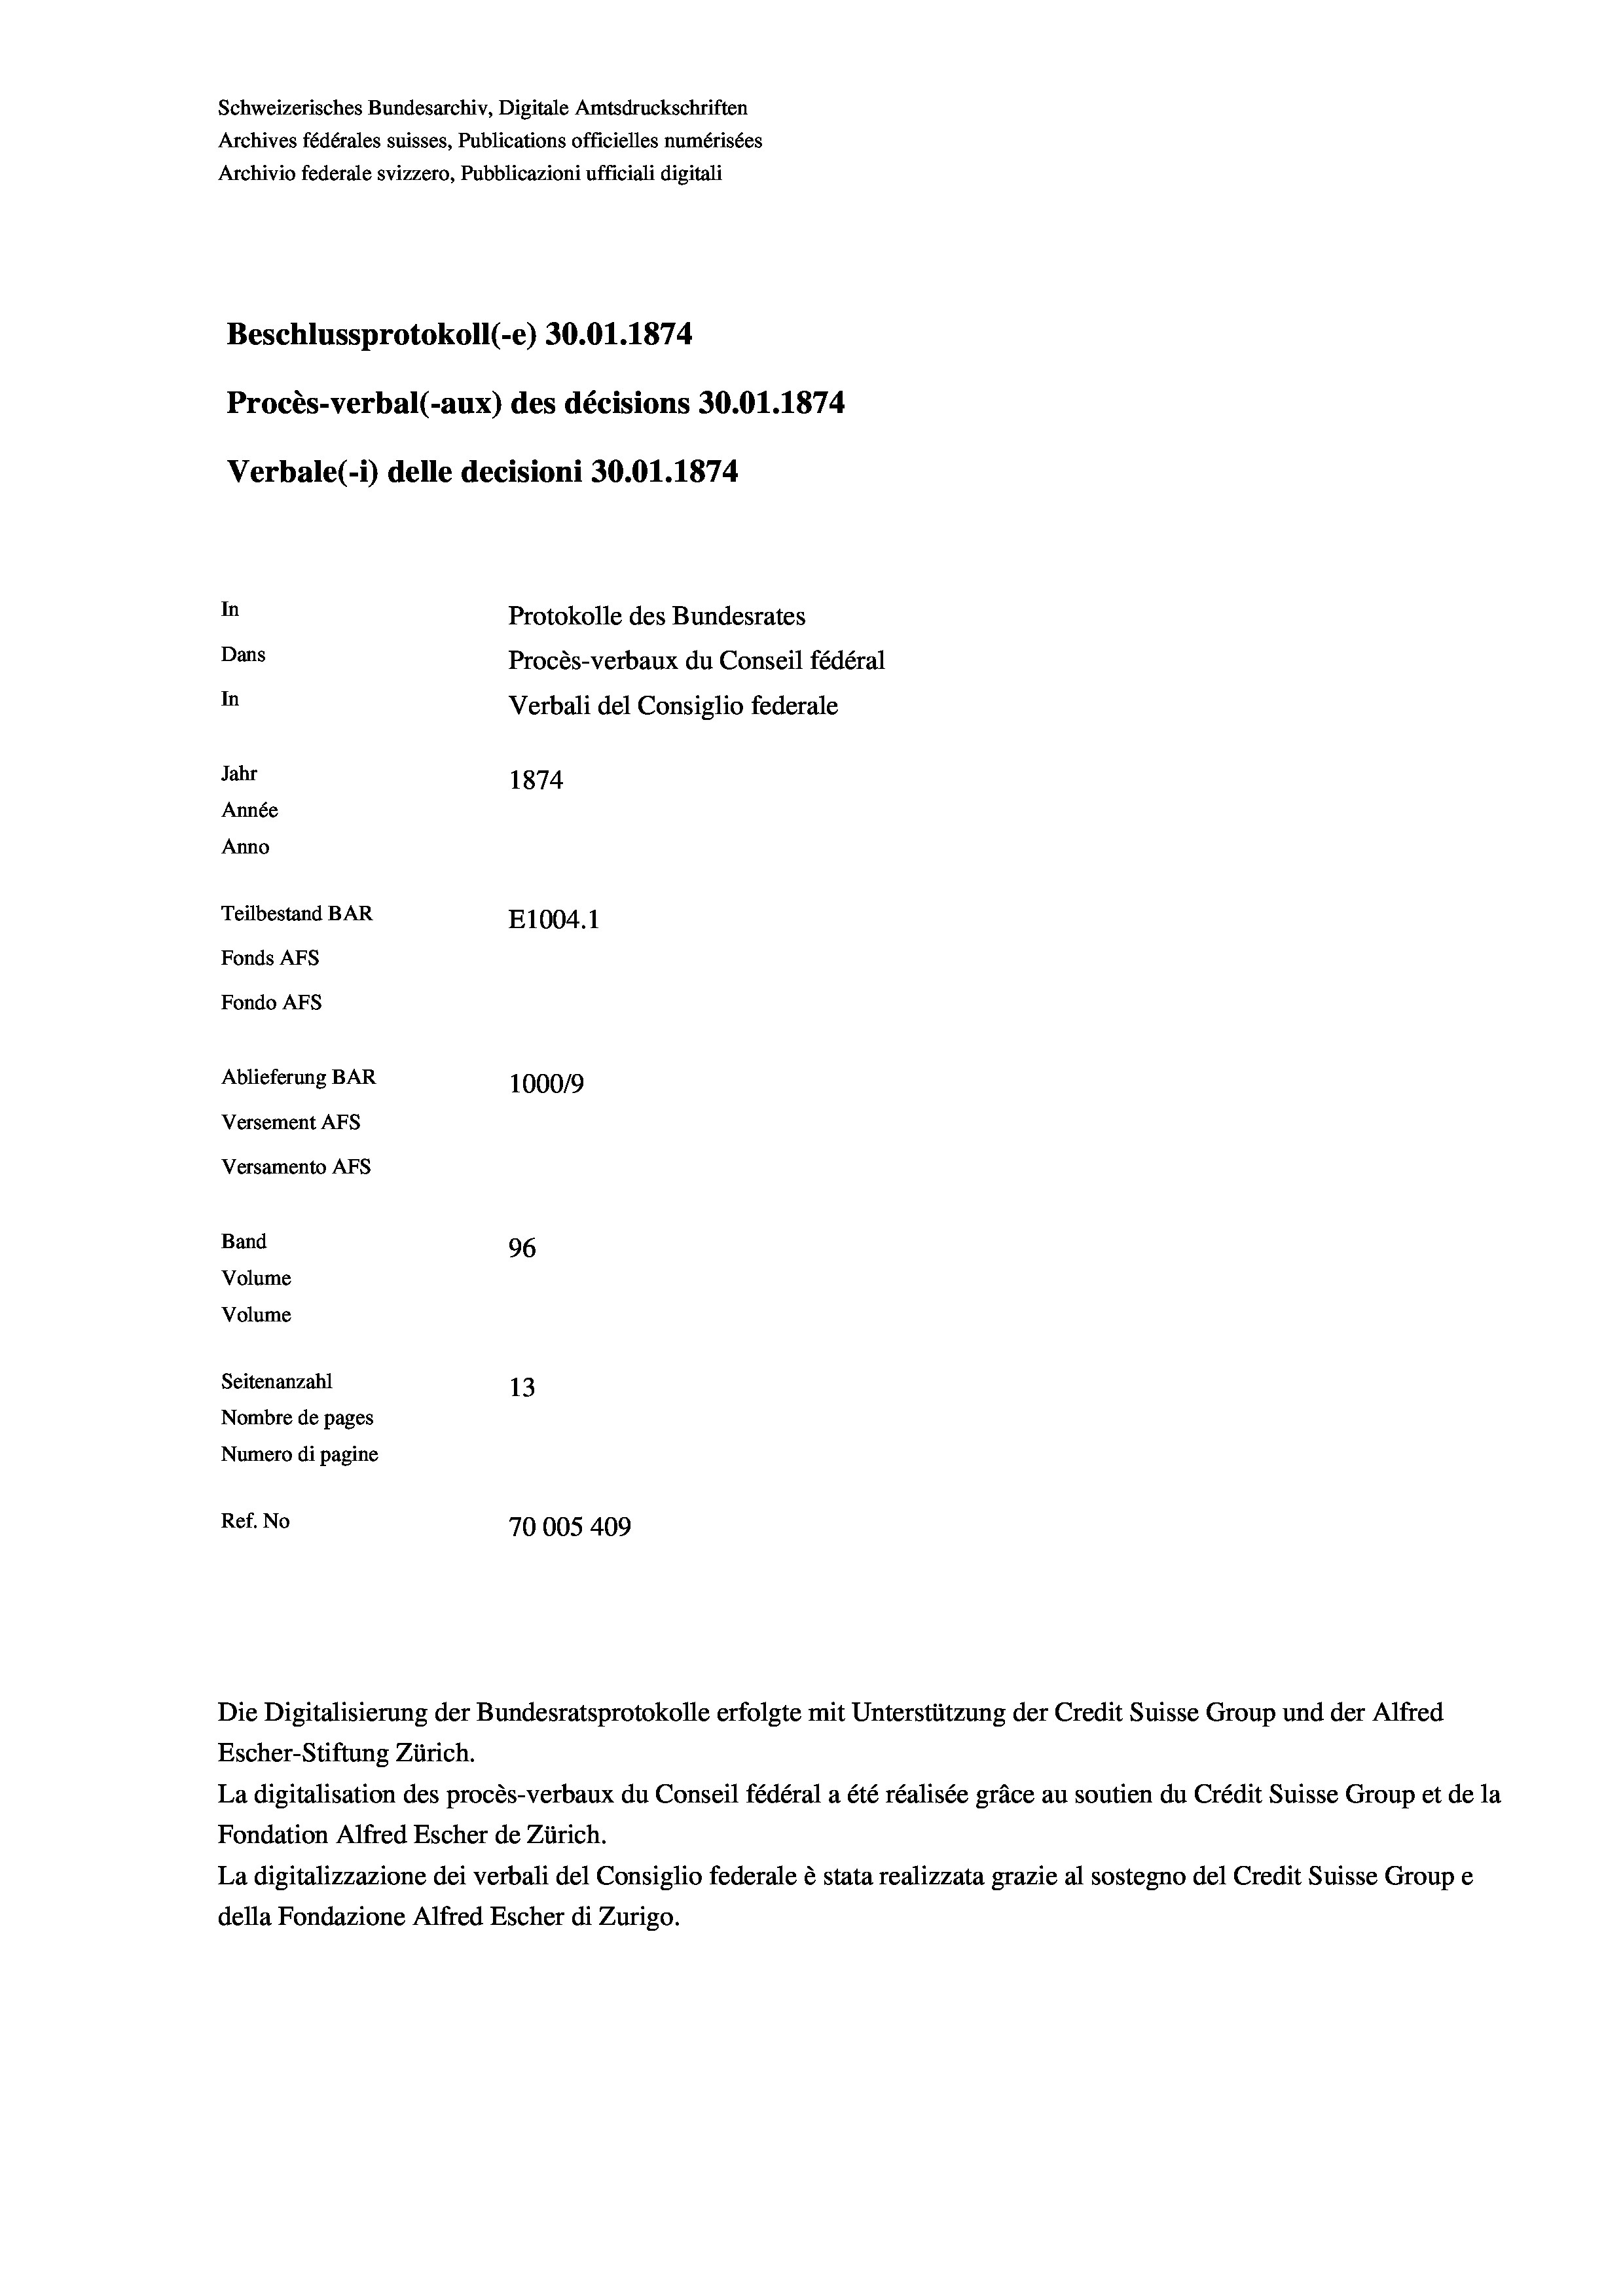
Schweizerisches Bundesarchiv, Digitale Amtsdruckschriften
Archives fédérales suisses, Publications officielles numérisées
Archivio federale svizzero, Pubblicazioni ufficiali digitali
Beschlussprotokoll (-e) 30.01. 1874
Procès-verbal (-aux) des décisions 30.01.1874
Verbale (- 1) delle decisioni 30.01. 1874
In
Protokolle des Bundesrates
Dans
Procès-verbaux du Conseil fédéral
In
Verbali del Consiglio federale
Jahr
1874
Année
Anno
Teilbestand BAR
E1004. 1
Fonds AFs
Fondo AFs
Ablieferung BAR
100019
Versement Abs
Versamento Afs
Band
96
Volume
Volume
Seitenanzahl
13

Nombre de pages
Numero di pagine
Ref. No
70005409

Escher-Stiftung Zürich.
La digitalisation des procès-verbaux du Conseil fédéral a été réalisée gräce au soutien du Crédit Suisse Group et de la
Fondation Alfred Escher de Zürich.
La digitalizzazione dei verbali del Consiglio federale è stata realizzata grazie al sostegno del Credit Suisse Groupe
della Fondazione Alfred Escher di Zurigo.

Die Digitalisierung der Bundesratsprotokolle erfolgte mit Unterstützung der Credit Suisse Group und der Alfred